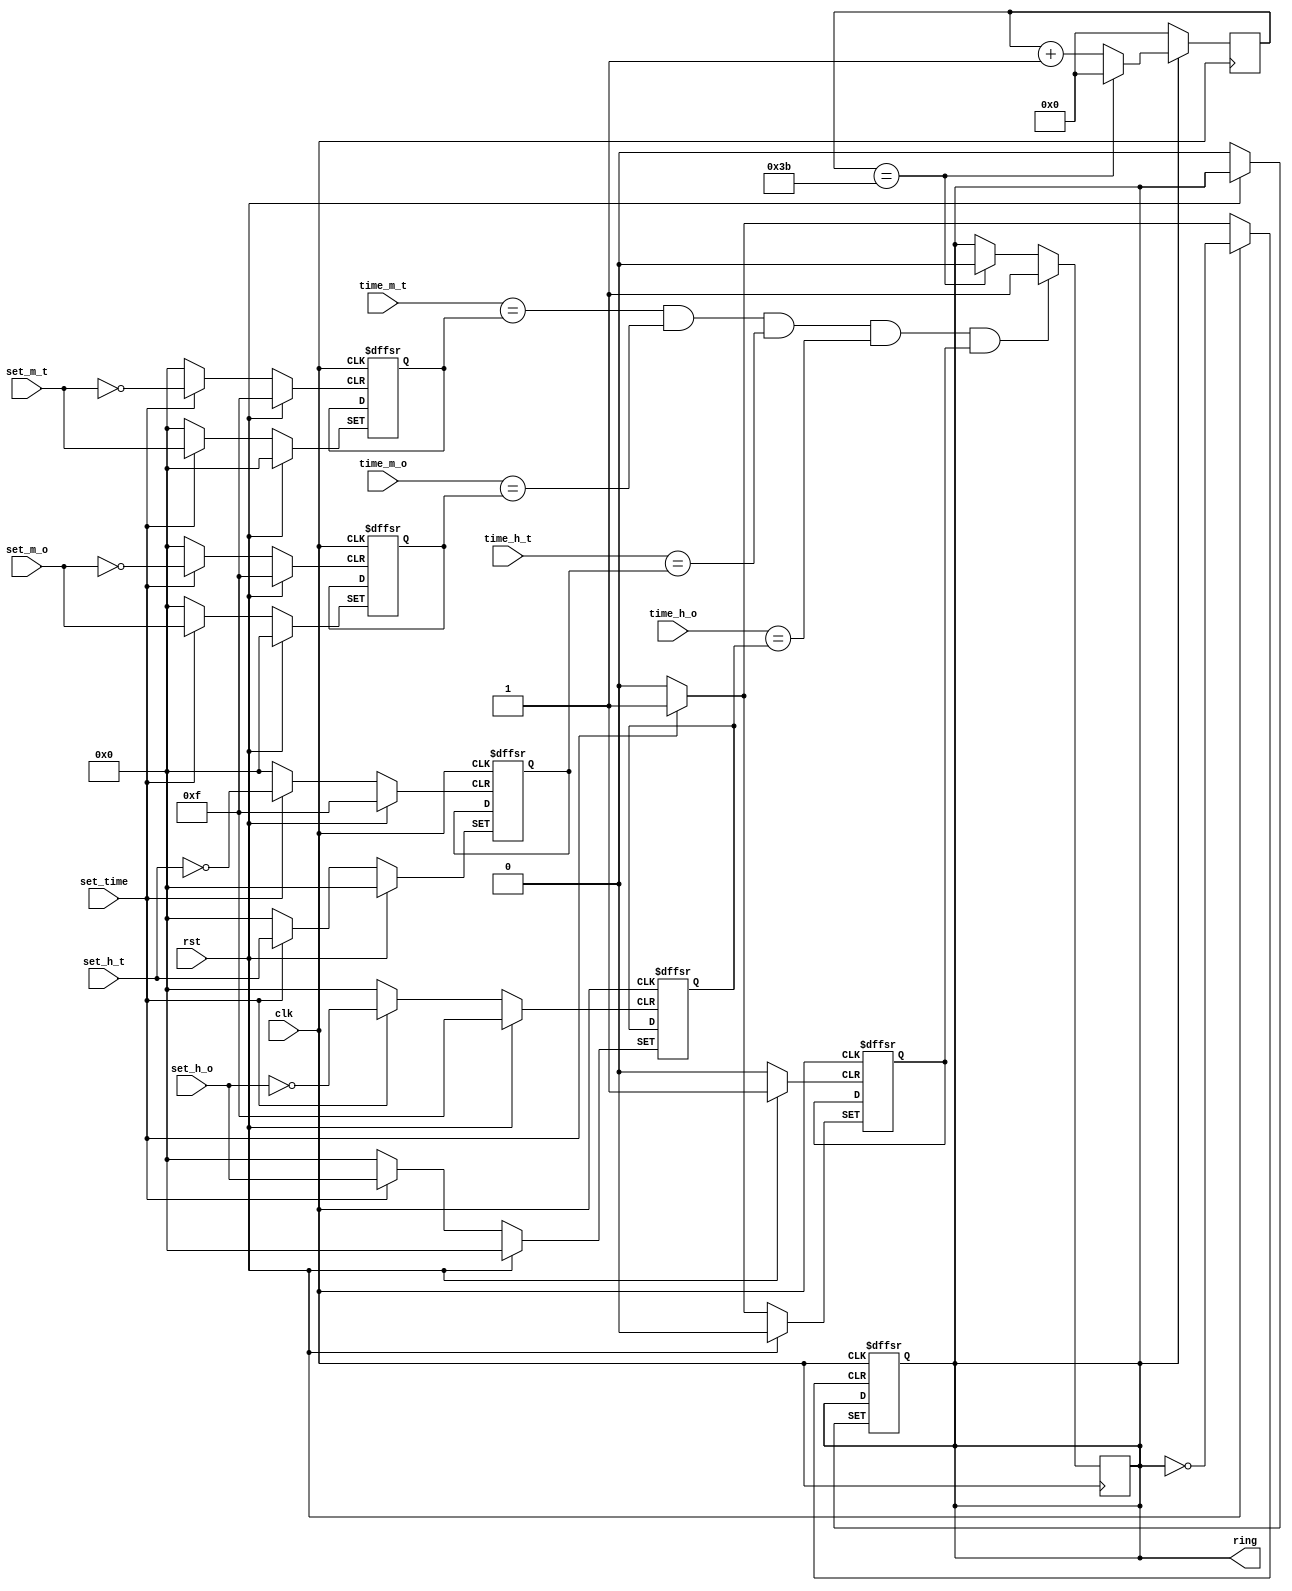
module alarm(clk, 
            rst, // Reset

            set_m_t, set_m_o, set_h_t, set_h_o, // Alarm Time set
            time_m_t, time_m_o, time_h_t, time_h_o, // Clock time

            set_time, // Signal for assigning time
            ring);

  input clk, rst, set_time;
  output reg ring;
  
  // Input alarm
  input [3:0] set_m_t, set_m_o, // Minutes
              set_h_t, set_h_o; // Hours

  input [3:0] time_m_t, time_m_o, 
              time_h_t, time_h_o; // clock Time

  // Alarm Hours and Minutes
  reg [3:0] alarm_m_t, alarm_m_o, // Minutes
              alarm_h_t, alarm_h_o; // Hours

  // Alarm Ring Counter
  reg [5:0] sec_ring;
  reg alarm_enabled;

  // Set Alarm
  always@(posedge clk or posedge rst or posedge set_time)
    begin
      if(rst)
        begin
          alarm_m_t <= 4'd0;
          alarm_m_o <= 4'd0;
          alarm_h_t <= 4'd0;
          alarm_h_o <= 4'd0;
          alarm_enabled <= 1'b0;
        end
      else if(set_time)
        begin
          alarm_m_t <= set_m_t;
          alarm_m_o <= set_m_o;
          alarm_h_t <= set_h_t;
          alarm_h_o <= set_h_o;
          alarm_enabled <= 1'b1;
          ring <= 0;
        end
    end

  // Alarm Ring - COUNTER MOD 60
  always@(posedge clk) 
    begin
      if(!ring)
        begin
          sec_ring <= 6'd0;
        end
      else
        begin
          sec_ring <= (sec_ring == 6'd59) ? 6'd0 : (sec_ring + 6'd1);
        end
    end

  // Control Alarm
  always@(posedge clk)
    begin
      if(sec_ring == 6'd59)
        begin
          ring <= 0;
        end

      if((time_m_t == alarm_m_t) & (time_m_o == alarm_m_o) & (time_h_t == alarm_h_t) & (time_h_o == alarm_h_o) & (alarm_enabled)) // Check if time to alarm
        begin
          ring <= 1;
        end
    end
    
endmodule